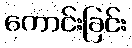
ကောင်းခြင်း